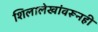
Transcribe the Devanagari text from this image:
शिलालेखांवरूनही